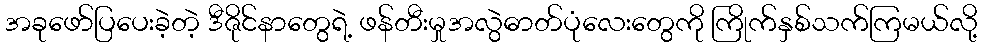
အခုဖော်ပြပေးခဲ့တဲ့ ဒီဇိုင်နာတွေရဲ့ ဖန်တီးမှုအလွဲဓာတ်ပုံလေးတွေကို ကြိုက်နှစ်သက်ကြမယ်လို့